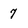
Character: 7